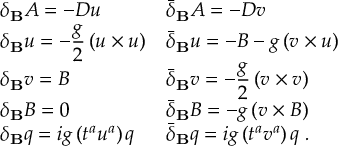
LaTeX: \begin{array} { l l } { { \delta _ { \bf B } A = - D u } } & { { \bar { \delta } _ { \bf B } A = - D v } } \\ { { \displaystyle \delta _ { \bf B } u = - \frac { g } { 2 } \, ( u \times u ) } } & { { \bar { \delta } _ { \bf B } u = - B - g \, ( v \times u ) } } \\ { { \delta _ { \bf B } v = B } } & { { \displaystyle \bar { \delta } _ { \bf B } v = - \frac { g } { 2 } \, ( v \times v ) } } \\ { { \delta _ { \bf B } B = 0 } } & { { \bar { \delta } _ { \bf B } B = - g \, ( v \times B ) } } \\ { { \delta _ { \bf B } q = i g \, ( t ^ { a } u ^ { a } ) \, q } } & { { \bar { \delta } _ { \bf B } q = i g \, ( t ^ { a } v ^ { a } ) \, q \; . } } \end{array}